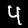
Label: 4